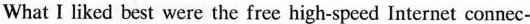
What I liked best were the free high-speed Internet connec-